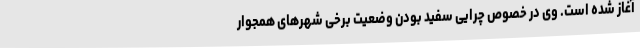
آغاز شده است. وی در خصوص چرایی سفید بودن وضعیت برخی شهرهای همجوار